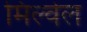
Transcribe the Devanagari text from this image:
मिल्वेल